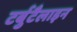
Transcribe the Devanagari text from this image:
टर्बुटैलाइन